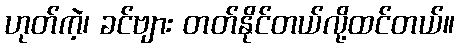
ဟုတ်ကဲ့၊ ခင်ဗျား တတ်နိုင်တယ်လို့ထင်တယ်။